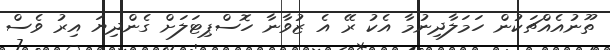
ތޫނުއެއްޗަކުން ހަމަލާދިނުމާ އެކު ރޭ އެ ޒުވާނާ ހޮސްޕިޓަލަށް ގެންދިޔަ އިރު ވެސް